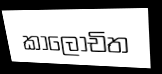
කාලොචිත